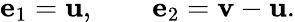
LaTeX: \mathbf{e}_{1}=\mathbf{u},\qquad\mathbf{e}_{2}=\mathbf{v}-\mathbf{u}.